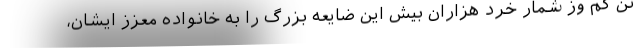
تن کم وز شمار خرد هزاران بیش این ضایعه بزرگ را به خانواده معزز ایشان،